Annual report of the Punjab Veterinary College and of the Civil Veterinary Department, Punjab - 1920-1925
Year: 1920
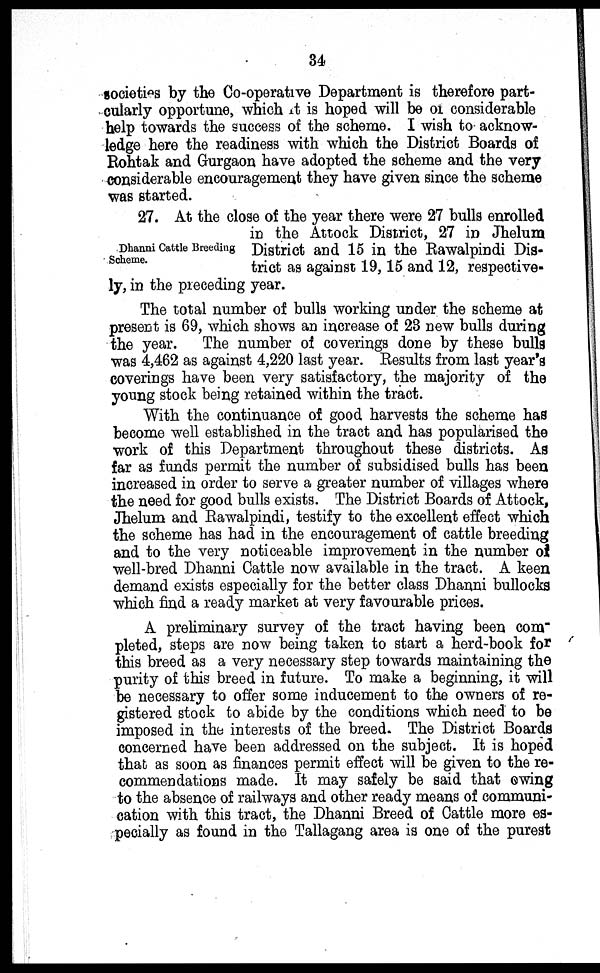
34
societies by the Co-operative Department is therefore part-
cularly opportune, which it is hoped will be of considerable
help towards the success of the scheme. I wish to acknow-
ledge here the readiness with which the District Boards of
Rohtak and Gurgaon have adopted the scheme and the very
considerable encouragement they have given since the scheme
was started.
Dhanni Cattle Breeding
Scheme.
27. At the close of the year there were 27 bulls enrolled
in the Attock District, 27 in Jhelum
District and 15 in the Rawalpindi Dis-
trict as against 19, 15 and 12, respective-
ly, in the preceding year.
The total number of bulls working under the scheme at
present is 69, which shows an increase of 23 new bulls during
the year. The number of coverings done by these bulls
was 4,462 as against 4,220 last year. Results from last year's
coverings have been very satisfactory, the majority of the
young stock being retained within the tract.
With the continuance of good harvests the scheme has
become well established in the tract and has popularised the
work of this Department throughout these districts. As
far as funds permit the number of subsidised bulls has been
increased in order to serve a greater number of villages where
the need for good bulls exists. The District Boards of Attock,
Jhelum and Rawalpindi, testify to the excellent effect which
the scheme has had in the encouragement of cattle breeding
and to the very noticeable improvement in the number of
well-bred Dhanni Cattle now available in the tract. A keen
demand exists especially for the better class Dhanni bullocks
which find a ready market at very favourable prices.
A preliminary survey of the tract having been com-
pleted, steps are now being taken to start a herd-book for
this breed as a very necessary step towards maintaining the
purity of this breed in future. To make a beginning, it will
be necessary to offer some inducement to the owners of re-
gistered stock to abide by the conditions which need to be
imposed in the interests of the breed. The District Boards
concerned have been addressed on the subject. It is hoped
that as soon as finances permit effect will be given to the re-
commendations made. It may safely be said that owing
to the absence of railways and other ready means of communi-
cation with this tract, the Dhanni Breed of Cattle more es-
pecially as found in the Tallagang area is one of the purest